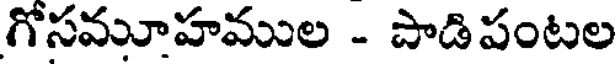
గోసమూహముల - పాడిపంటల